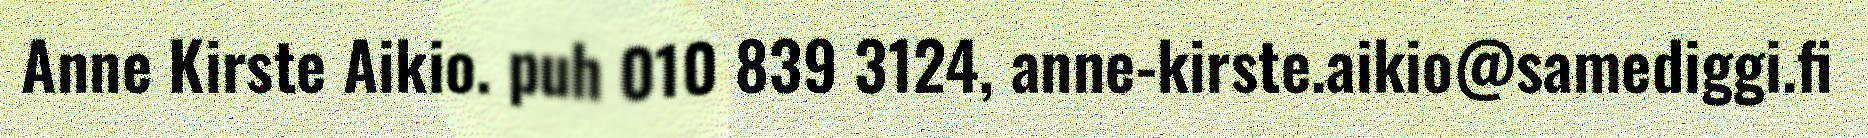
Anne Kirste Aikio. puh 010 839 3124, anne-kirste.aikio@samediggi.fi